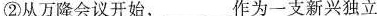
②从万隆会议开始，___作为一支新兴独立